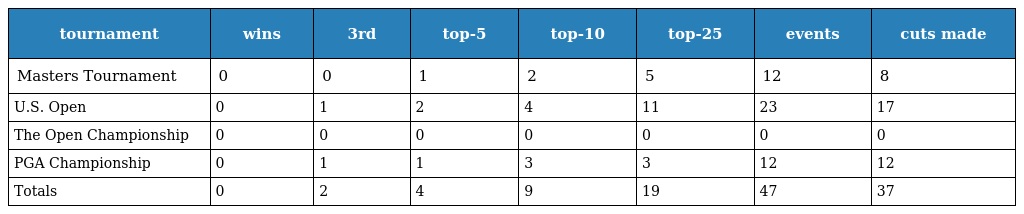
| tournament | wins | 3rd | top-5 | top-10 | top-25 | events | cuts made |
 | --- | --- | --- | --- | --- | --- | --- | --- |
 | Masters Tournament | 0 | 0 | 1 | 2 | 5 | 12 | 8 |
 | U.S. Open | 0 | 1 | 2 | 4 | 11 | 23 | 17 |
 | The Open Championship | 0 | 0 | 0 | 0 | 0 | 0 | 0 |
 | PGA Championship | 0 | 1 | 1 | 3 | 3 | 12 | 12 |
 | Totals | 0 | 2 | 4 | 9 | 19 | 47 | 37 |